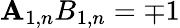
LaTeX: \mathbf{A}_{1,n}B_{1,n}=\mp1